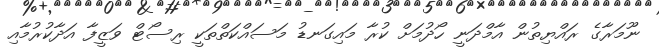
ނޫމަރާގެ ރައްޔިތުން އާމްދަނީ ހޯދުމަށް ކުރާ މައިގަނޑު މަސައްކަތްތަކީ ރިސޯޓް ވަޒީފާ އަދާކުރުމާއި